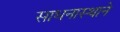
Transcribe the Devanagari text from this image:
साधनास्थाने